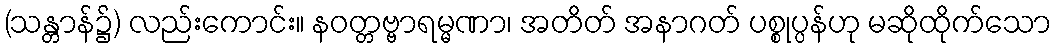
(သန္တာန်၌) လည်းကောင်း။ နဝတ္တဗ္ဗာရမ္မဏာ၊ အတိတ် အနာဂတ် ပစ္စုပ္ပန်ဟု မဆိုထိုက်သော